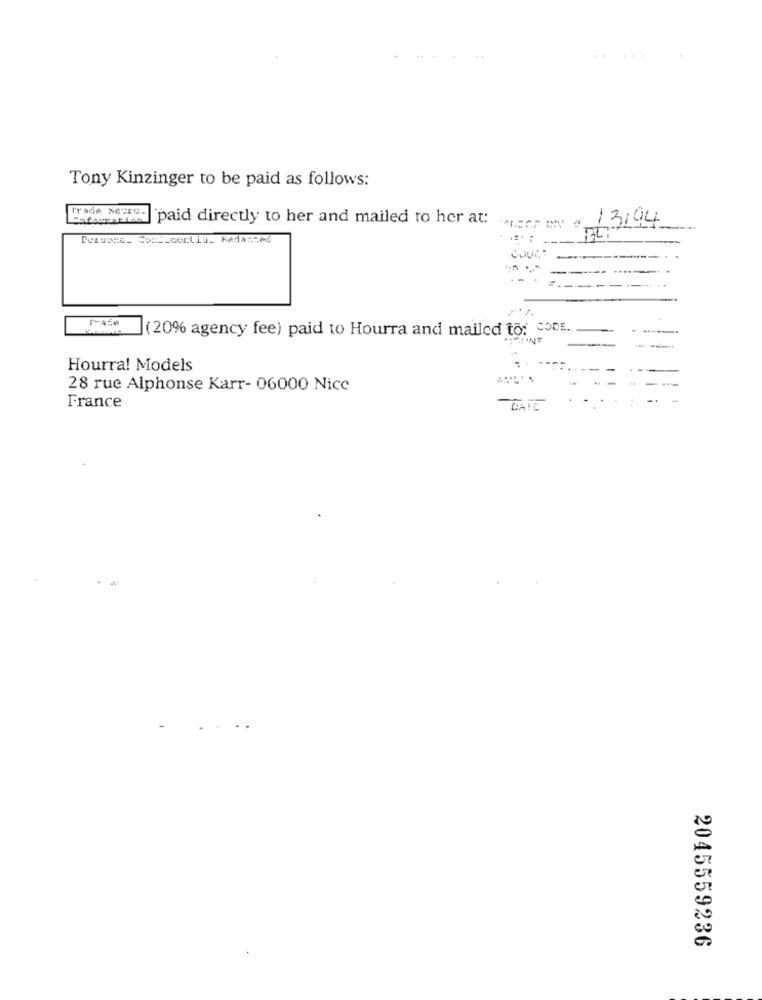
...
Tony Kinzinger to be paid as follows:
Trade seire. "paid directly to her and mailed to her at:
13,94
---
BIL:
in
----
=
-------
r-ase
(20% agency fee) paid to Hourra and mailed to: CODE.
Hourra! Models
--
28 rue Alphonse Karr- 06000 Nice
-
France
GATE
2045559236